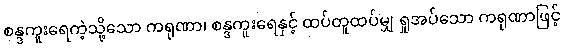
စန္ဒကူးရေကဲ့သို့သော ကရုဏာ၊ စန္ဒကူးရေနှင့် ထပ်တူထပ်မျှ ရှုအပ်သော ကရုဏာဖြင့်